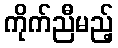
ကိုက်ညီမည့်